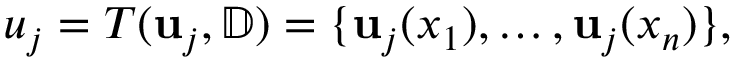
u _ { j } = T ( \mathbf { u } _ { j } , \mathbb { D } ) = \{ \mathbf { u } _ { j } ( x _ { 1 } ) , \dots , \mathbf { u } _ { j } ( x _ { n } ) \} ,